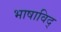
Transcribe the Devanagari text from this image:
भाषाविद्‍